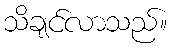
သိချင်လာသည်။